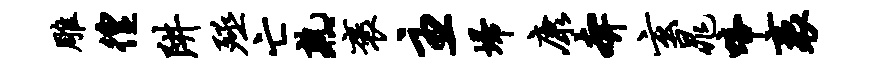
雕徨阱殛亡熟褒主埽康奔玄晁啼袤